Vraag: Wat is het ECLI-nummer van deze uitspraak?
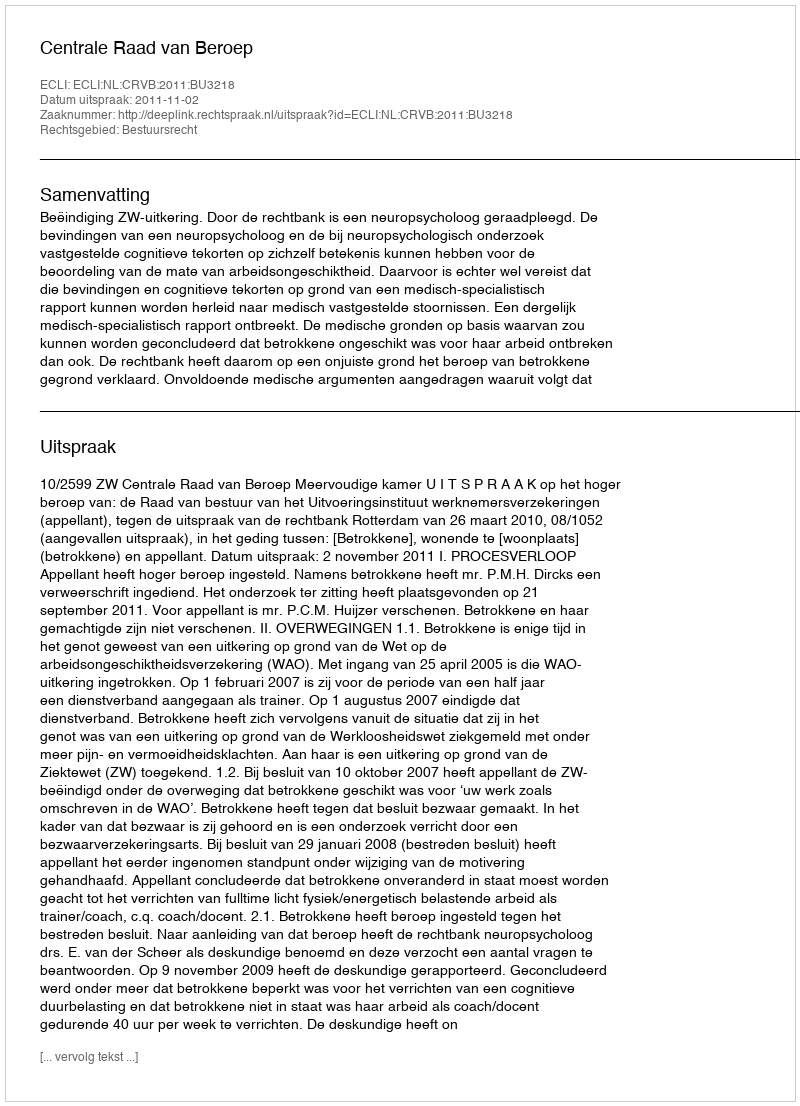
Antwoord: ECLI:NL:CRVB:2011:BU3218